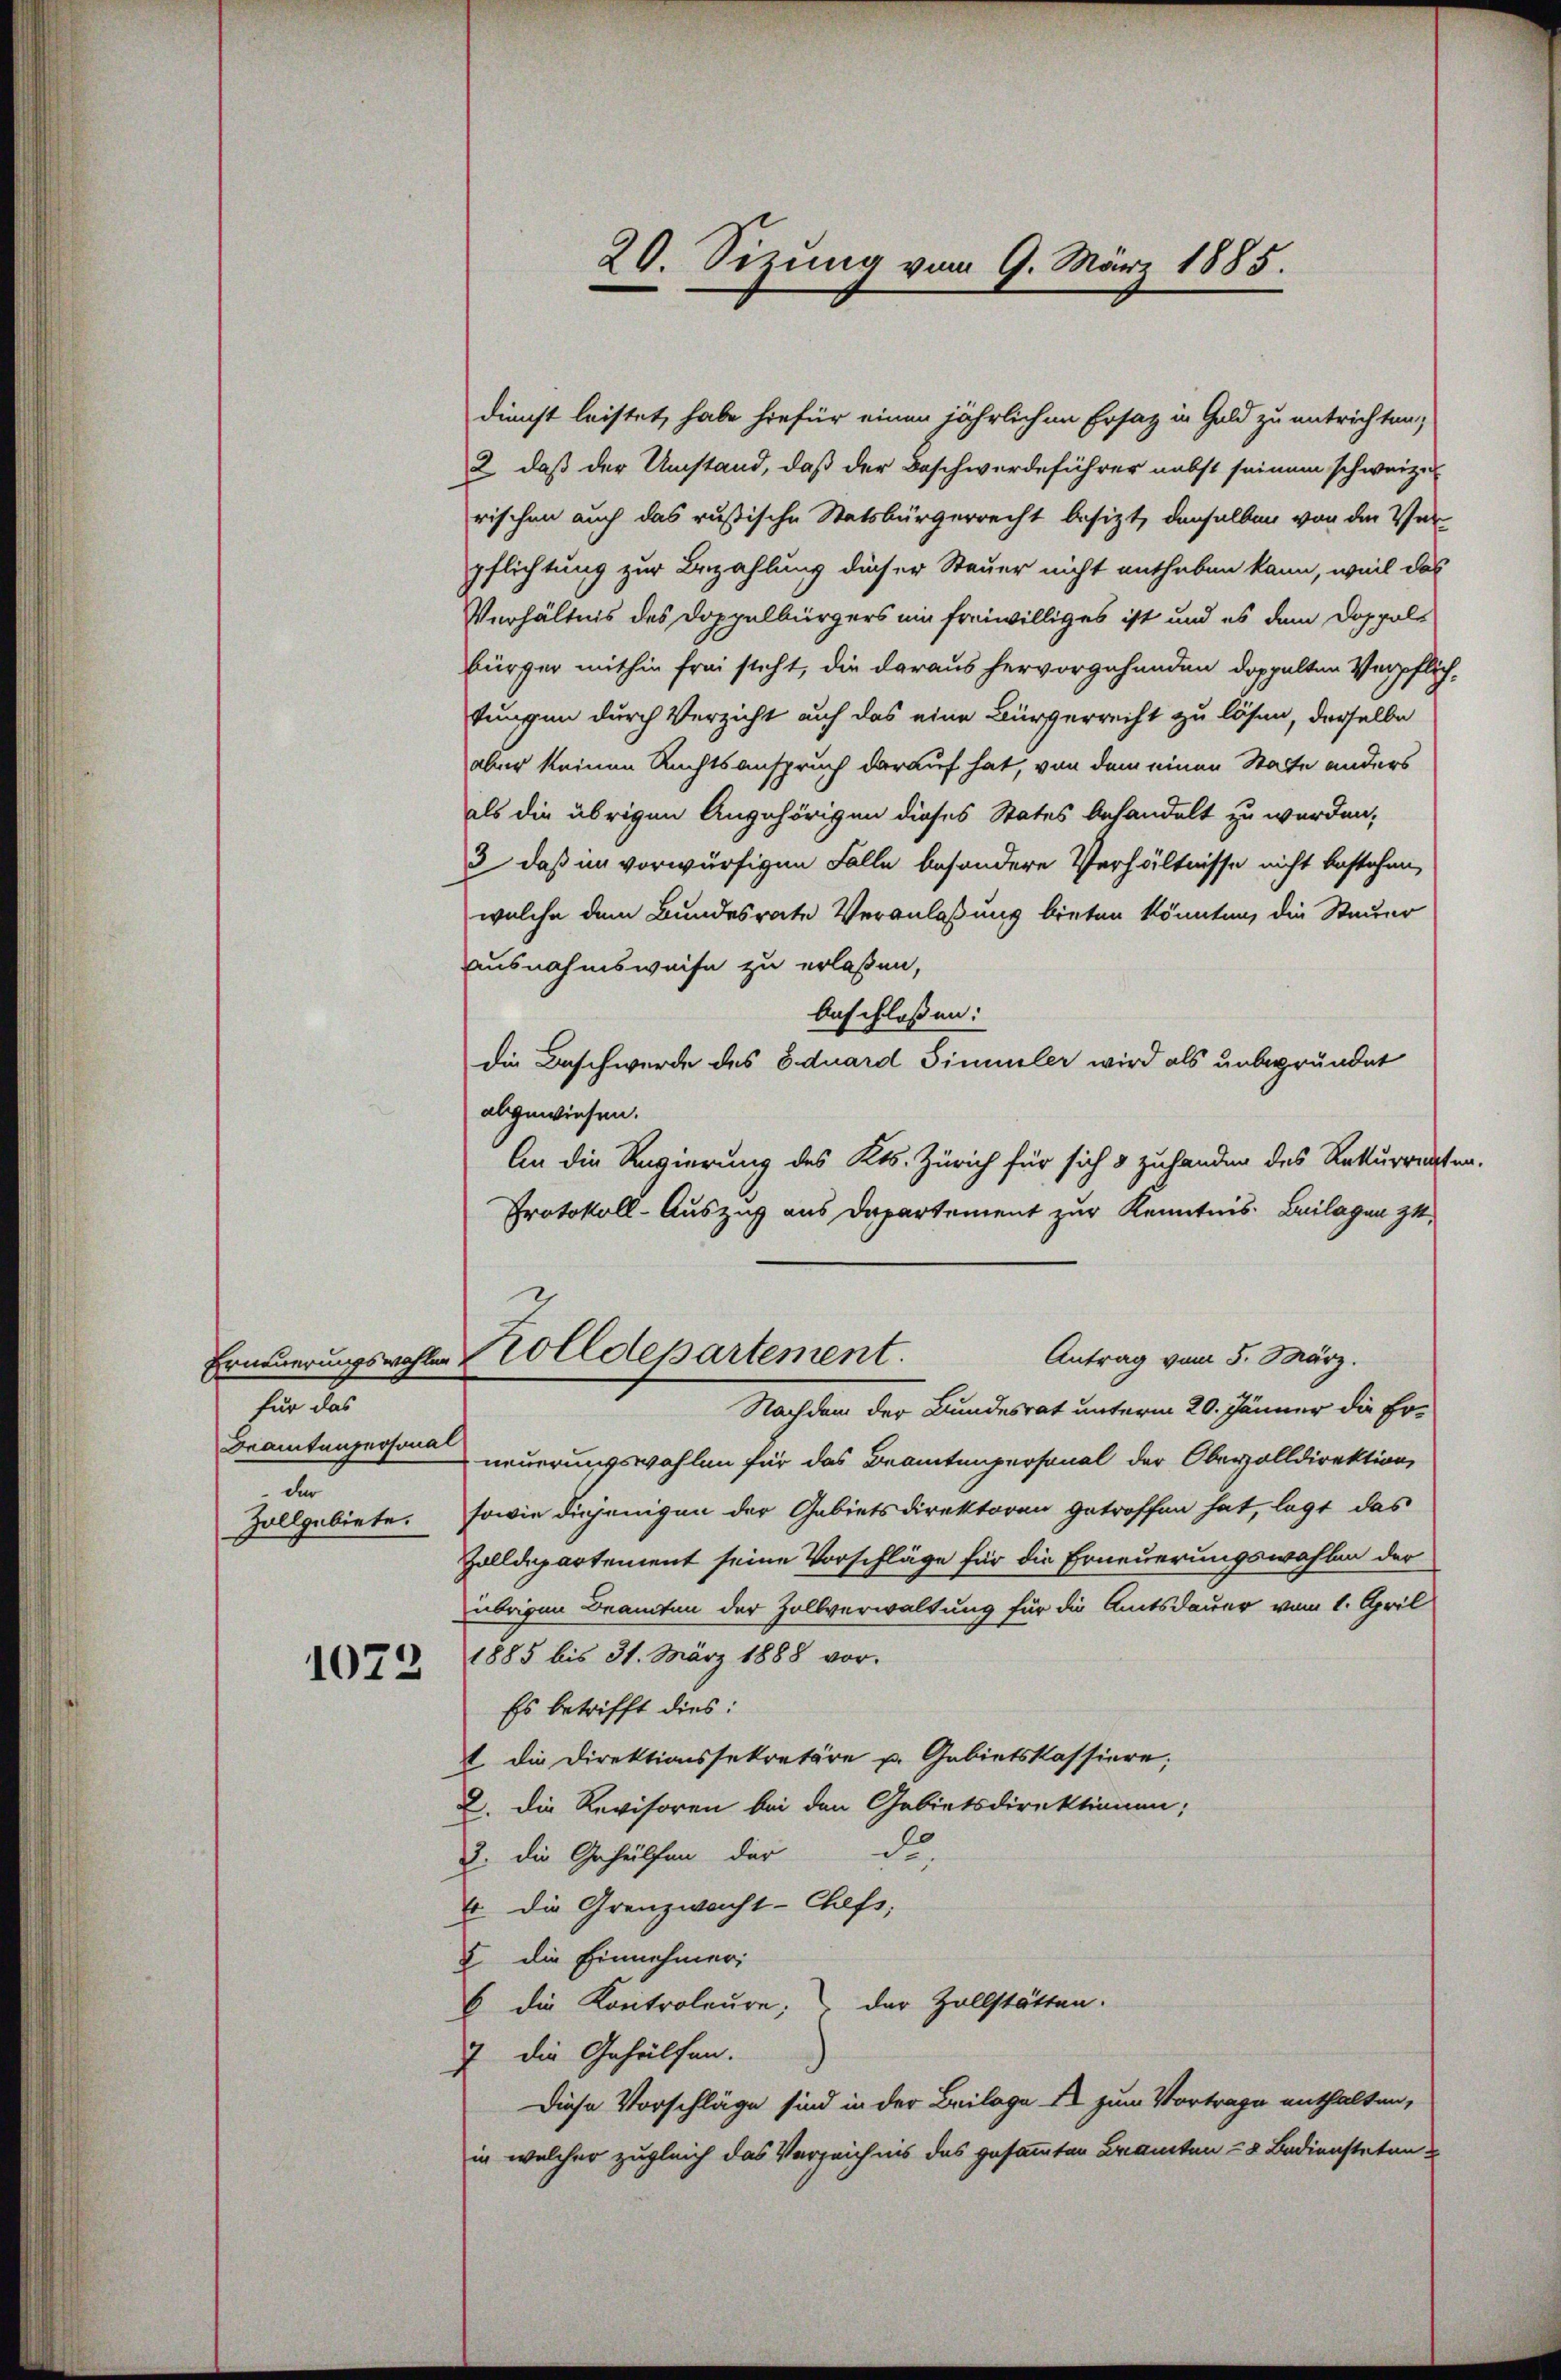
für das
Beamtunpersonal
der
Zollgebiete.

1022

dienst leistet, habe hiefür einen jährlichen Ersatz in Geld zu entrichten,
2 daß der Umstand, daß der Beschwerdeführer nebst seinem schweiz.
rischen auch das russische Statsbürgerrecht besizt, denselben von der Ver-
pflichtung zur Bezahlung dieser Steuer nicht entheben kann, weil das
Verhältnis des Doppelbürgers ein freiwilliges ist und es dem Doppels
bürger mithin frei steht, die daraus hervorgehanden doppelten Verpflich-
tungen durch Verzicht auf das eine Bürgerrecht zu lösen, derselbe
aber keinen Rechtsanspruch darauf hat, von dem einen Statte anders
als die übrigen Angehörigen dieses States behandelt zu werden,
3 daß im vorwürfigen Falle besondere Verhältnisse nicht bestehen,
welche dem Bundesrate Veranlaßung bieten könnten, die Steuer
Ausnahmsweise zu erlaßen,
Anschloßen:
die Beschwerde des Eduard Simmler wird als unbegründet
abgewiesen.
An die Regierung des Kts. Zürich für sich 3 zuhanden des Rekurrenten.
Protokoll-Auszug aus Departement zur Kenntnis. Beilagen zu
Antrag vom 5. März.
Erneuerungswohler Holldepartement.
Nachdem der Bundesrat unterm 20. Jänner die Erneuerungswahlen für das Beamtenpersonal der Oberzolldirektion
sowie diejenigen der Gebietsdirektoren getroffen hat, legt das
Zolldepartement seine Vorschläge für die Erneuerungswahlen der
übrigen Beamten der Zollverwaltung für die Amtsdauer vom 1. April
1885 bis 31. März 1888 vor.
Es betrifft dies:
t. Die Direktionssekretäre p. Gebietskassiere;
2. Die Revisoren bei den Gebietsdirektionen;
2. die Gehülfen der di
4 die Grenzwacht-Chefs,
5 die Einnehmeri
6 die Kontroleure, der Zollstätten.
7 die Gehülfen.
Diese Vorschläge sind in der Beilage Er zum Vortrage enthalten,
in welcher zugleich das Verzeichnis des gesammten Branten = 8 Bediensteten

20. Sizung vom 9. März 1885.